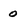
Character: 0